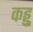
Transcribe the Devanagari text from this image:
कड्डु